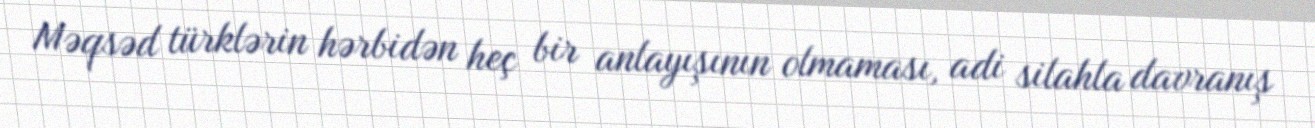
Məqsəd türklərin hərbidən heç bir anlayışının olmaması, adi silahla davranış